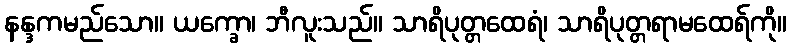
နန္ဒကမည်သော။ ယက္ခော၊ ဘီလူးသည်။ သာရိပုတ္တထေရံ၊ သာရိပုတ္တရာမထေရ်ကို။